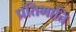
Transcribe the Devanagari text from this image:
प्रतिभाति